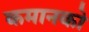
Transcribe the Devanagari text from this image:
कमानको